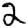
Digit: 2